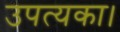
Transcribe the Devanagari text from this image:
उपत्यका।